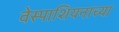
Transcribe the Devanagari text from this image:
वेस्पाशियनाच्या